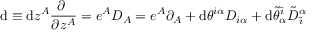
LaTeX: \mathrm { d } \equiv \mathrm { d } z ^ { { \cal A } } \frac { \partial ~ } { \partial z ^ { { \cal A } } } = e ^ { { \cal A } } D _ { { \cal A } } = e ^ { A } \partial _ { A } + \mathrm { d } \theta ^ { i \alpha } D _ { i \alpha } + \mathrm { d } \tilde { \theta } _ { \alpha } ^ { \tilde { \imath } } { \tilde { D } } _ { \tilde { \imath } } ^ { \alpha }